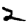
Digit: 2